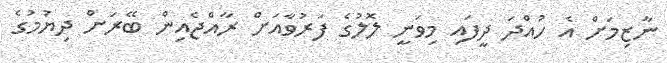
ނާޒިމަށް އެ ހުއްދަ ދީފައި މިވަނީ ލޮލުގެ ފަރުވާއަށް ރާއްޖެއިން ބޭރަށް ދިޔުމުގެ